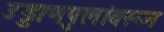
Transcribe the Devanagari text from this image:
उड्डाणपुलांवरून